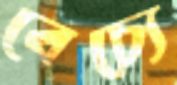
বেচ্যে